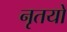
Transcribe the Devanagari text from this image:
नृतयों